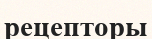
рецепторы